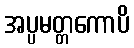
အပ္ပမတ္တကောပိ